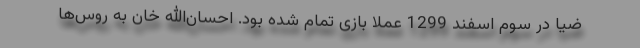
ضیا در سوم اسفند 1299 عملا بازی تمام شده بود. احسان‌الله خان به روس‌ها